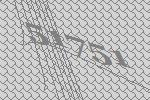
51751